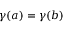
\gamma ( a ) = \gamma ( b )